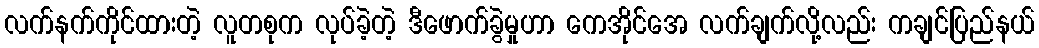
လက်နက်ကိုင်ထားတဲ့ လူတစုက လုပ်ခဲ့တဲ့ ဒီဖောက်ခွဲမှုဟာ ကေအိုင်အေ လက်ချက်လို့လည်း ကချင်ပြည်နယ်